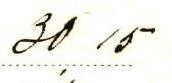
30,15